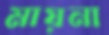
মায়না